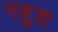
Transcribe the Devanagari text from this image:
नहुश